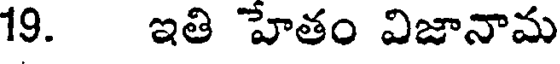
19. ఇతి హేతం విజానామ